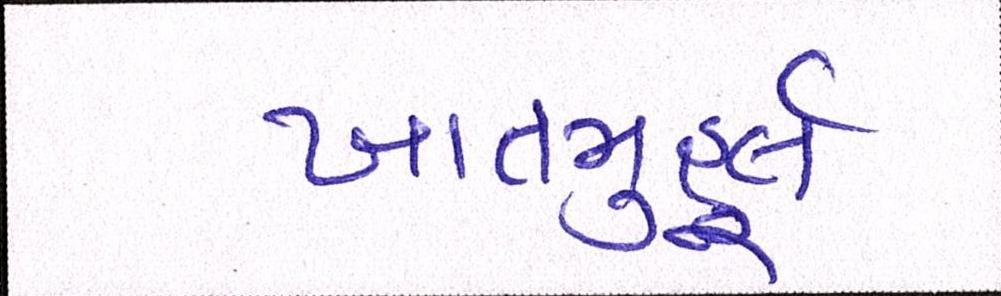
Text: ખાતમુહૂર્ત